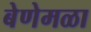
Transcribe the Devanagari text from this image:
बेणेमळा